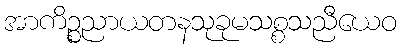
အာကိဉ္စညာယတနသုခုမသစ္စသညီယေဝ